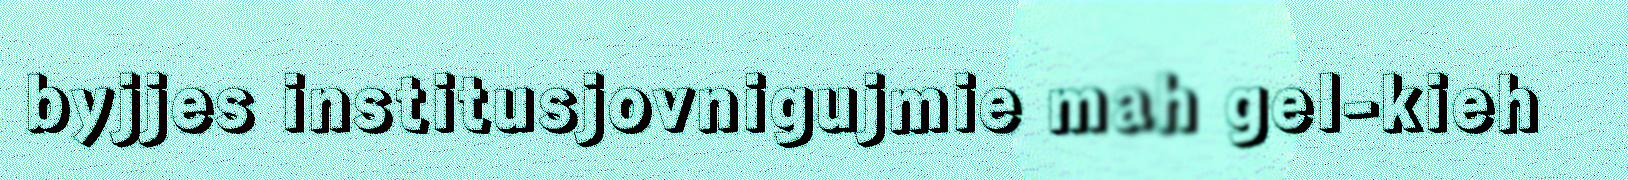
byjjes institusjovnigujmie mah gel-kieh